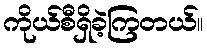
ကိုယ်စီရှိခဲ့ကြတယ်။